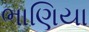
ભાણિયા